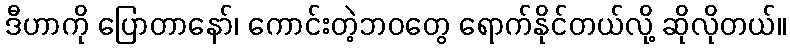
ဒီဟာကို ပြောတာနော်၊ ကောင်းတဲ့ဘဝတွေ ရောက်နိုင်တယ်လို့ ဆိုလိုတယ်။